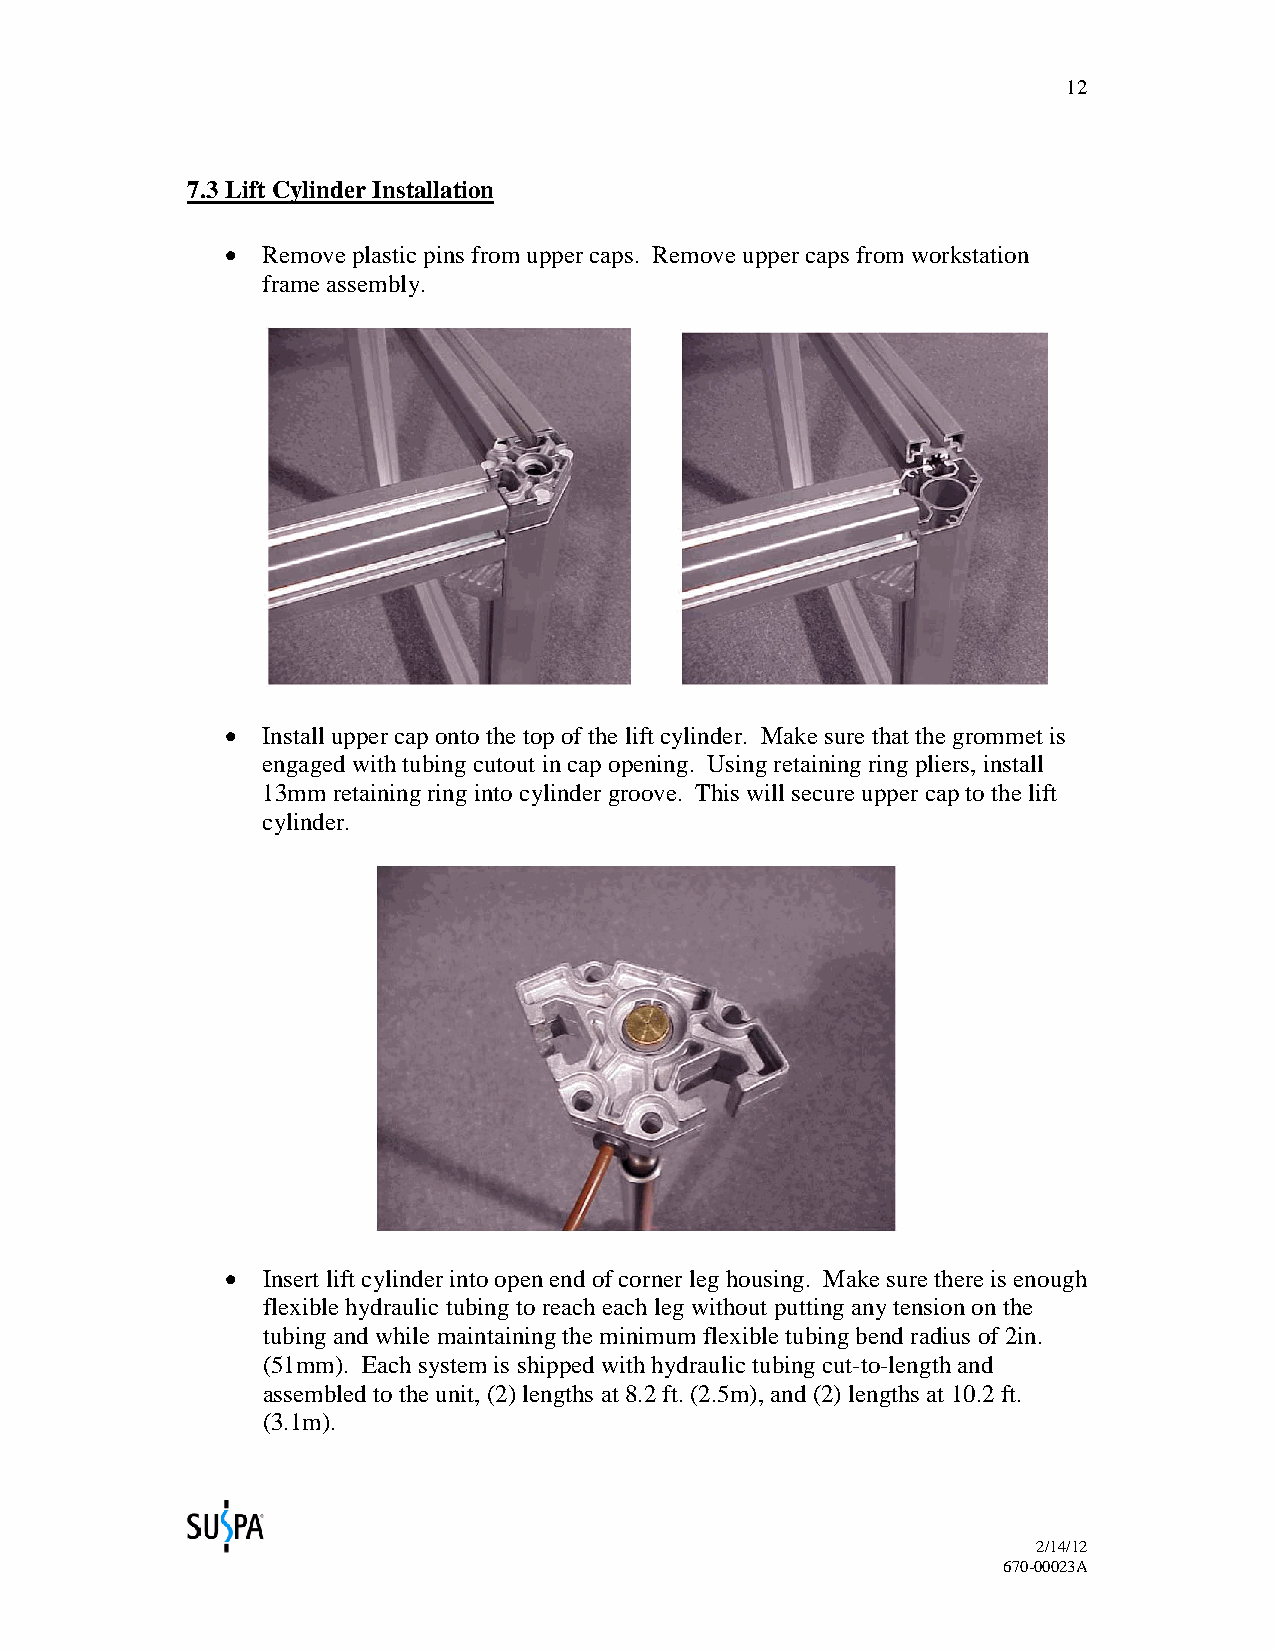
12
 7.3 Lift Cylinder Installation
 • Remove plastic pins from upper caps. Remove upper caps from workstation
 frame assembly.
 • Install upper cap onto the top of the lift cylinder. Make sure that the grommet is
 engaged with tubing cutout in cap opening. Using retaining ring pliers, install
 13mm retaining ring into cylinder groove. This will secure upper cap to the lift
 cylinder.
 • Insert lift cylinder into open end of corner leg housing. Make sure there is enough
 flexible hydraulic tubing to reach each leg without putting any tension on the
 tubing and while maintaining the minimum flexible tubing bend radius of 2in.
 (51mm). Each system is shipped with hydraulic tubing cut-to-length and
 assembled to the unit, (2) lengths at 8.2 ft. (2.5m), and (2) lengths at 10.2 ft.
 (3.1m).
 2/14/12
 670-00023A